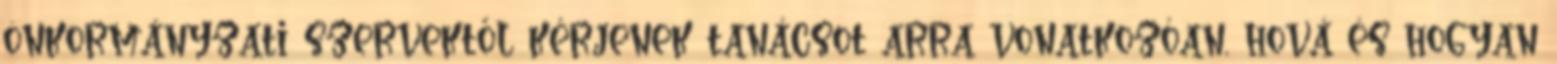
önkormányzati szervektől kérjenek tanácsot arra vonatkozóan, hová és hogyan